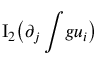
\mathrm { I } _ { 2 } \big ( \partial _ { j } \int \! g u _ { i } \big )